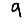
Digit: 9